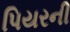
પિયરની